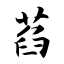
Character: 萏